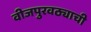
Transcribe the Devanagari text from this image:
वीजपुरवठ्याची